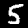
Digit: 5